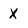
Character: X